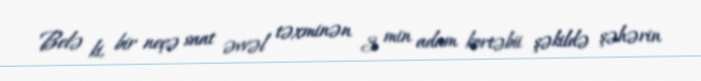
Belə ki, bir neçə saat əvvəl təxminən 3 min adam kortəbii şəkildə şəhərin